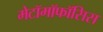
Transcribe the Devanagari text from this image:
मेटॉमॉफॉसिस